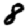
Digit: 8